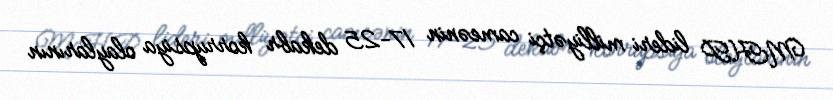
MHP lideri milliyətçi cameənin 17-25 dekabr korrupsiya olaylarının